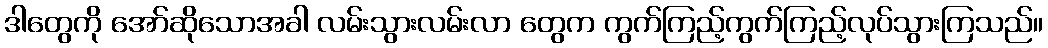
ဒါတွေကို အော်ဆိုသောအခါ လမ်းသွားလမ်းလာ တွေက ကွက်ကြည့်ကွက်ကြည့်လုပ်သွားကြသည်။